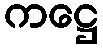
ကဋ္ဌေ